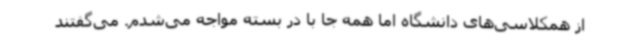
از همکلاسی‌های دانشگاه اما همه جا با در بسته مواجه می‌شدم. می‌گفتند